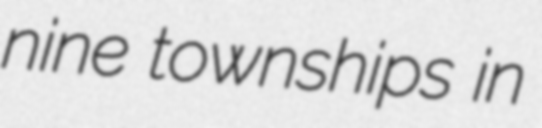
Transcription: nine townships in